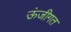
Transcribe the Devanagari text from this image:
ऊंजीगत